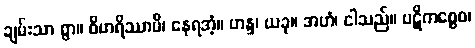
ချမ်းသာ စွာ။ ဝိဟရိဿာမိ၊ နေရအံ့။ ဟန္ဒ၊ ယခု။ အဟံ၊ ငါသည်။ ပဋိကစ္စေဝ၊